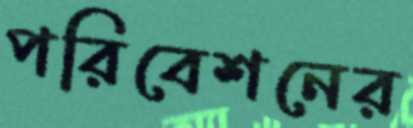
পরিবেশনের